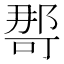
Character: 𭉒